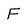
Character: F